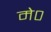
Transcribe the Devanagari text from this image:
मे०